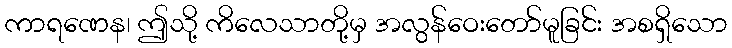
ကာရဏေန၊ ဤသို့ ကိလေသာတို့မှ အလွန်ဝေးတော်မူခြင်း အစရှိသော